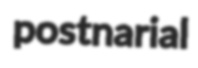
postnarial